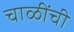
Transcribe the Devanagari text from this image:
चाळींची